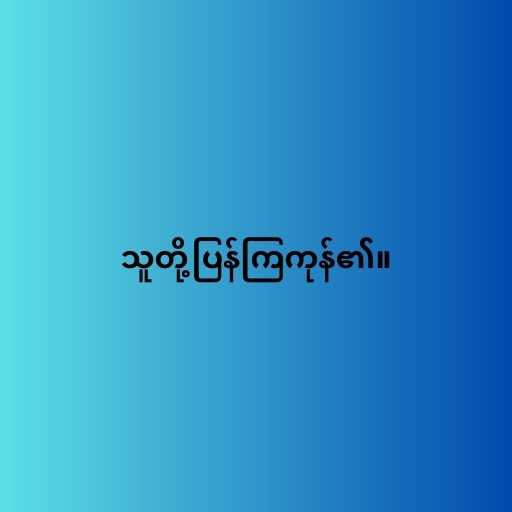
သူတို့ပြန်ကြကုန်၏။